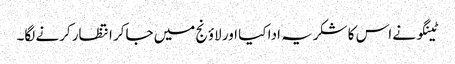
ٹینگو نے اس کا شکریہ ادا کیا اور لاؤنج میں جاکر انتظار کرنے لگا۔